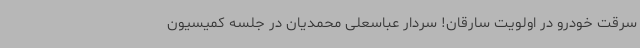
سرقت خودرو در اولویت سارقان! سردار عباسعلی محمدیان در جلسه کمیسیون